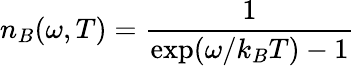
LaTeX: n_{B}(\omega,T)=\frac{1}{\exp(\omega/k_{B}T)-1}